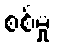
စစ်မှု